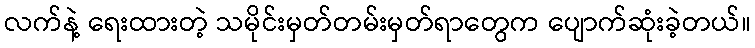
လက်နဲ့ ရေးထားတဲ့ သမိုင်းမှတ်တမ်းမှတ်ရာတွေက ပျောက်ဆုံးခဲ့တယ်။